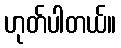
ဟုတ်ပါတယ်။